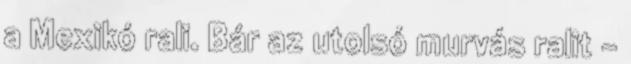
a Mexikó rali. Bár az utolsó murvás ralit –